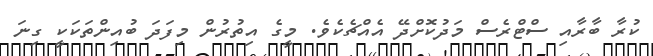
ކުރާ ބާރާއި ސްޓްރެސް މަދުކޮށްދޭ އެއްޗެކެވެ. މީގެ އިތުރުން މިފަދަ ބުއިންތަކަކީ ގިނަ